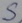
Text: S